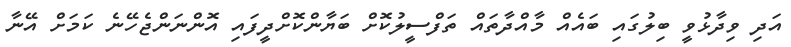
އަދި ވިދާޅުވީ ބިލުގައި ބައެއް މާއްދާތައް ތަފްސީލުކޮށް ބަޔާންކޮށްދީފައި އޮންނަންޖެހޭނެ ކަމަށް އޭނާ